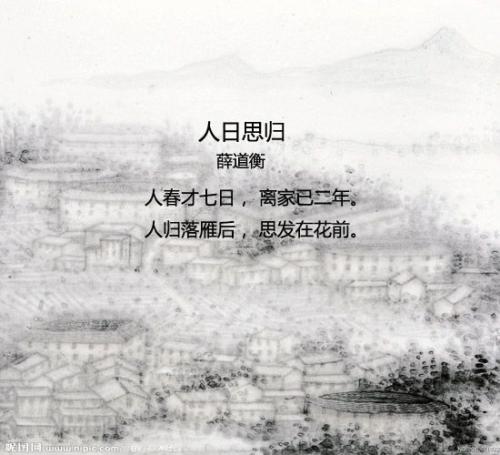
故园今夕是元宵，独向蛮村坐寂寥。